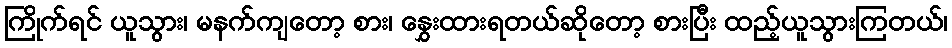
ကြိုက်ရင် ယူသွား၊ မနက်ကျတော့ စား၊ နွှေးထားရတယ်ဆိုတော့ စားပြီး ထည့်ယူသွားကြတယ်၊